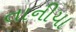
તાનીયા